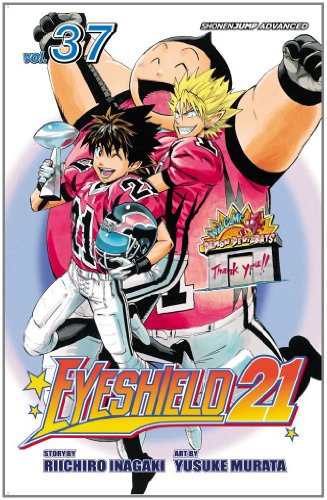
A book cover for Eyeshield 21, Vol. 37; Riichiro Inagaki; Comics & Graphic Novels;